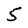
Character: 5